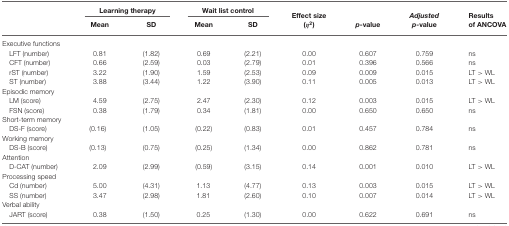
<table><thead><tr><td></td><td colspan="2"><b>Learning therapy</b></td><td colspan="2"><b>Wait list control</b></td></tr><tr><td></td><td><b>Mean</b></td><td><b>SD</b></td><td><b>Mean</b></td><td><b>SD</b></td><td><b>Effect size (<i>η</i><sup>2</sup>)</b></td><td><b><i>p</i>-value</b></td><td><b><i>Adjusted</i><i>p</i>-value</b></td><td><b>Results of ANCOVA</b></td></tr></thead><tbody><tr><td>Executive functions</td></tr><tr><td>LFT (number)</td><td>0.81</td><td>(1.82)</td><td>0.69</td><td>(2.21)</td><td>0.00</td><td>0.607</td><td>0.759</td><td>ns</td></tr><tr><td>CFT (number)</td><td>0.66</td><td>(2.59)</td><td>0.03</td><td>(2.79)</td><td>0.01</td><td>0.396</td><td>0.566</td><td>ns</td></tr><tr><td>rST (number)</td><td>3.22</td><td>(1.90)</td><td>1.59</td><td>(2.53)</td><td>0.09</td><td>0.009</td><td>0.015</td><td>LT &gt; WL</td></tr><tr><td>ST (number)</td><td>3.88</td><td>(3.44)</td><td>1.22</td><td>(3.90)</td><td>0.11</td><td>0.005</td><td>0.013</td><td>LT &gt; WL</td></tr><tr><td>Episodic memory</td></tr><tr><td>LM (score)</td><td>4.59</td><td>(2.75)</td><td>2.47</td><td>(2.30)</td><td>0.12</td><td>0.003</td><td>0.015</td><td>LT &gt; WL</td></tr><tr><td>FSN (score)</td><td>0.38</td><td>(1.79)</td><td>0.34</td><td>(1.81)</td><td>0.00</td><td>0.650</td><td>0.650</td><td>ns</td></tr><tr><td>Short-term memory</td></tr><tr><td>DS-F (score)</td><td>(0.16)</td><td>(1.05)</td><td>(0.22)</td><td>(0.83)</td><td>0.01</td><td>0.457</td><td>0.784</td><td>ns</td></tr><tr><td>Working memory</td></tr><tr><td>DS-B (score)</td><td>(0.13)</td><td>(0.75)</td><td>(0.25)</td><td>(1.34)</td><td>0.00</td><td>0.862</td><td>0.781</td><td>ns</td></tr><tr><td>Attention</td></tr><tr><td>D-CAT (number)</td><td>2.09</td><td>(2.99)</td><td>(0.59)</td><td>(3.15)</td><td>0.14</td><td>0.001</td><td>0.010</td><td>LT &gt; WL</td></tr><tr><td>Processing speed</td></tr><tr><td>Cd (number)</td><td>5.00</td><td>(4.31)</td><td>1.13</td><td>(4.77)</td><td>0.13</td><td>0.003</td><td>0.015</td><td>LT &gt; WL</td></tr><tr><td>SS (number)</td><td>3.47</td><td>(2.98)</td><td>1.81</td><td>(2.60)</td><td>0.10</td><td>0.007</td><td>0.014</td><td>LT &gt; WL</td></tr><tr><td>Verbal ability</td></tr><tr><td>JART (score)</td><td>0.38</td><td>(1.50)</td><td>0.25</td><td>(1.30)</td><td>0.00</td><td>0.622</td><td>0.691</td><td>ns</td></tr></tbody></table>